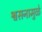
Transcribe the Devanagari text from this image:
श्वसनामुळे